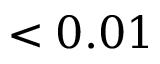
< 0 . 0 1